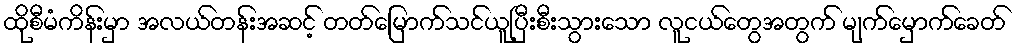
ထိုစီမံကိန်းမှာ အလယ်တန်းအဆင့် တတ်မြောက်သင်ယူပြီးစီးသွားသော လူငယ်တွေအတွက် မျက်မှောက်ခေတ်